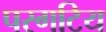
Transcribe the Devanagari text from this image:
परगटिय